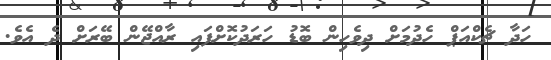
ހަދާ ޗެކްއަޕް ހެދުމަށް ދިވެހިން ބޮޑު ހަރަދުކޮށްފައި ރާއްޖޭން ބޭރަށް ދެ އެވެ.